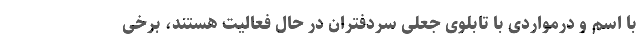
با اسم و درمواردی با تابلوی جعلی سردفتران در حال فعالیت هستند، برخی